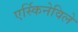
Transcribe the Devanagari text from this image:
एर्स्किनेविले